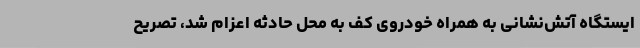
ایستگاه آتش‌نشانی به همراه خودروی کف به محل حادثه اعزام شد، تصریح